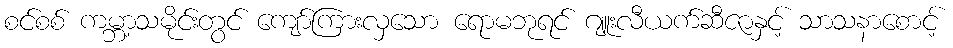
စင်စစ် ကမ္ဘာ့သမိုင်းတွင် ကျော်ကြားလှသော ရောမဘုရင် ဂျူးလီယက်ဆီဇာနှင့် သာသနာစောင့်